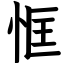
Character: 恇